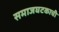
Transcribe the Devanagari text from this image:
समाजघटकाची